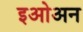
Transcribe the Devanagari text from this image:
इओअन